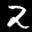
Digit: 2